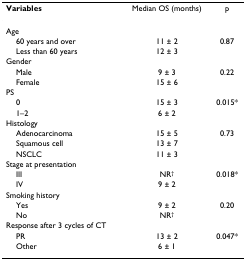
| Variables | Median OS (months) | p |
 | --- | --- | --- |
 | Age |  |  |
 | 60 years and over | 11 ± 2 | 0.87 |
 | Less than 60 years | 12 ± 3 |  |
 | Gender |  |  |
 | Male | 9 ± 3 | 0.22 |
 | Female | 15 ± 6 |  |
 | PS |  |  |
 | 0 | 15 ± 3 | 0.015* |
 | 1–2 | 6 ± 2 |  |
 | Histology |  |  |
 | Adenocarcinoma | 15 ± 5 | 0.73 |
 | Squamous cell | 13 ± 7 |  |
 | NSCLC | 11 ± 3 |  |
 | Stage at presentation |  |  |
 | III | NR† | 0.018* |
 | IV | 9 ± 2 |  |
 | Smoking history |  |  |
 | Yes | 9 ± 2 | 0.20 |
 | No | NR† |  |
 | Response after 3 cycles of CT |  |  |
 | PR | 13 ± 2 | 0.047* |
 | Other | 6 ± 1 |  |